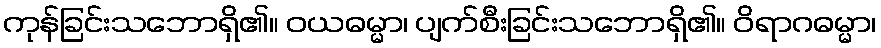
ကုန်ခြင်းသဘောရှိ၏။ ဝယဓမ္မာ၊ ပျက်စီးခြင်းသဘောရှိ၏။ ဝိရာဂဓမ္မာ၊